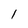
Character: l